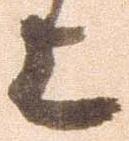
上